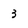
Character: 3